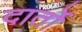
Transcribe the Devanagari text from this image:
दार्तो